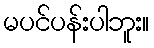
မပင်ပန်းပါဘူး။